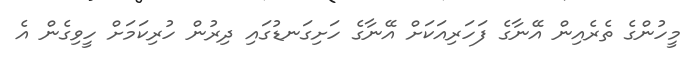
މީހުންގެ ތެރެއިން އޭނާގެ ފަހަރިއަކަށް އޭނާގެ ހަށިގަނޑުގައި ދިރުން ހުރިކަމަށް ހީވިގެން އެ